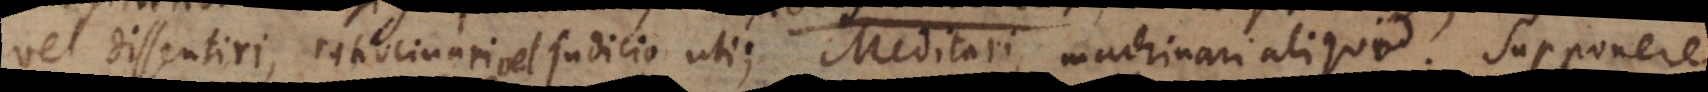
dissentiri, ratiocinari vel judicio uti; Meditari, machinari aliquid. Sup